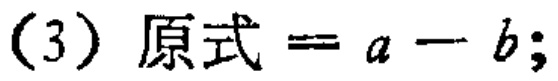
(3) 原式=$a - b$;